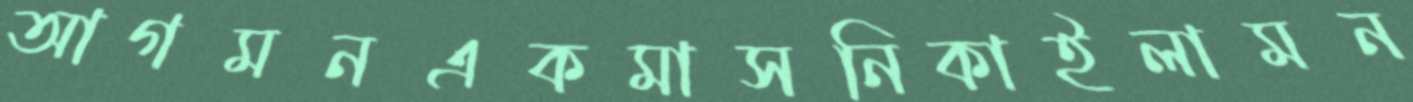
আগমনএকমাসনিকাইলামন